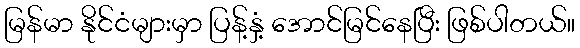
မြန်မာ နိုင်ငံများမှာ ပြန့်နှံ့ အောင်မြင်နေပြီး ဖြစ်ပါတယ်။